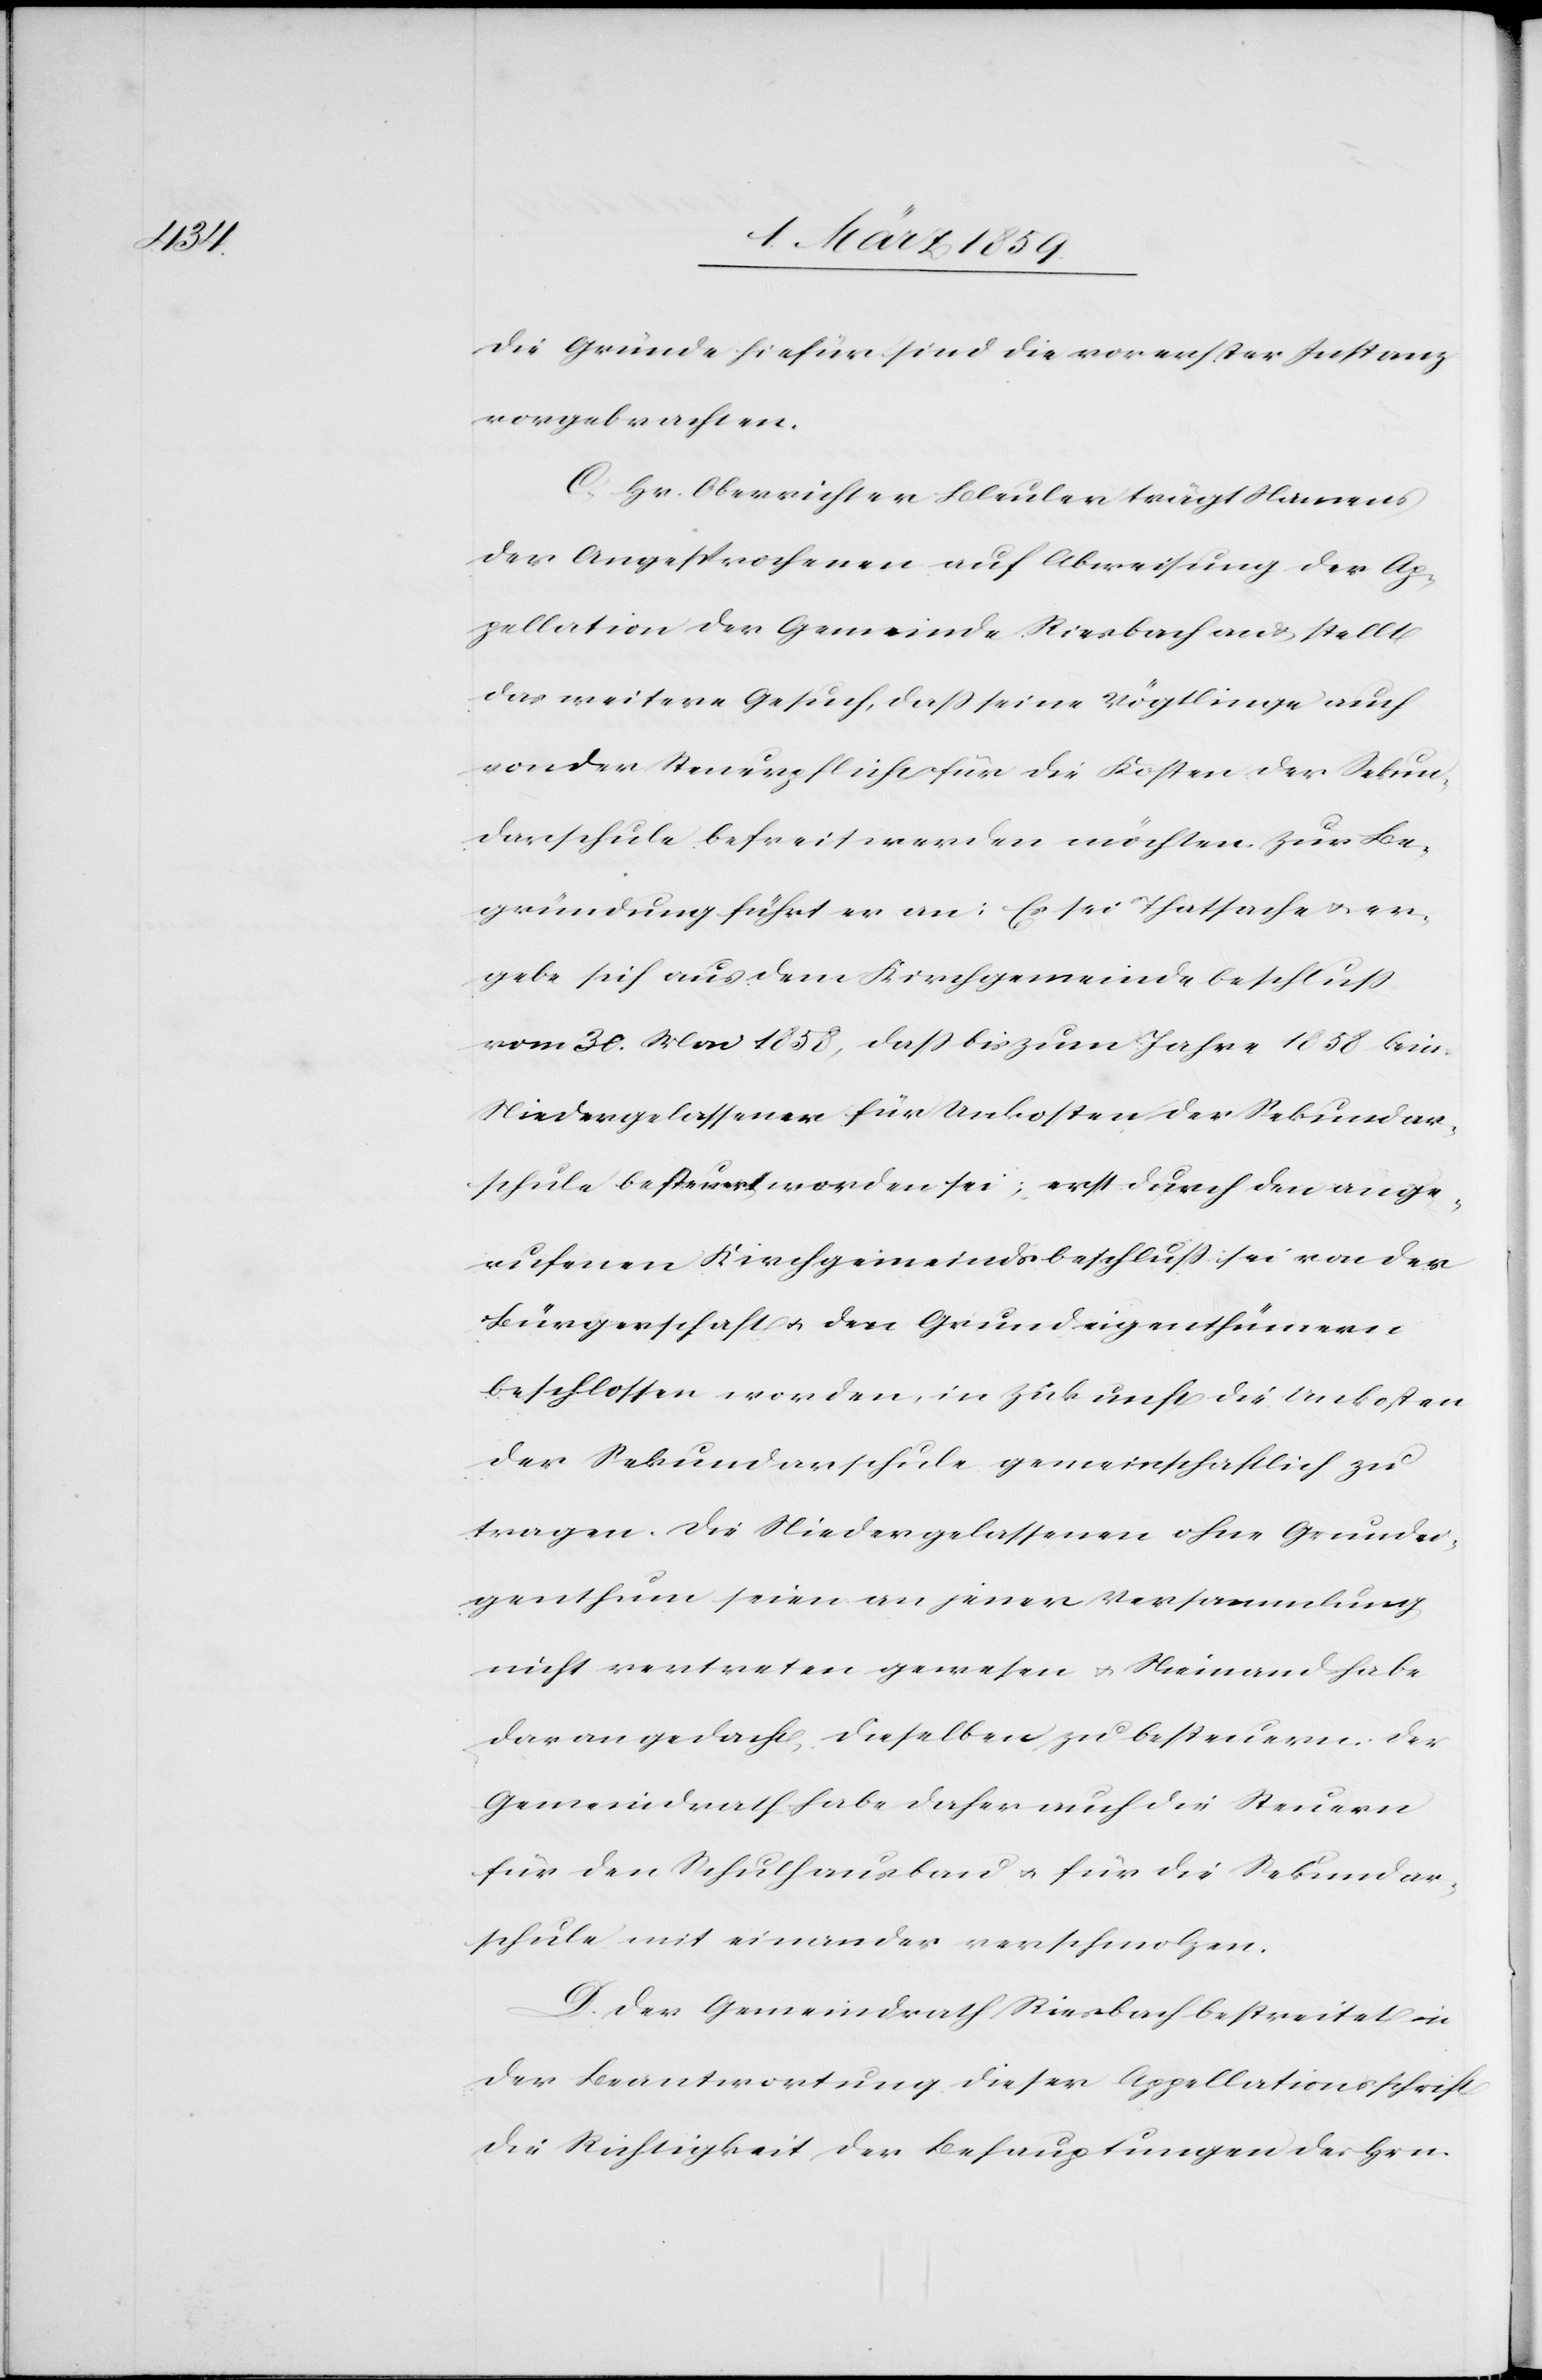
Die Gründe hiefür sind die vor erster Instanz
vorgebrachten.
C. Hr. Oberrichter Bleuler trägt Namens
der Angesprochenen auf Abweisung der Ap¬
pellation der Gemeinde Riesbach an & stellt
das weitere Gesuch, daß seine Vögtlinge auch
von der Steuerpflicht für die Kosten der Sekun¬
darschule befreit werden möchten. Zur Be¬
gründung führt er an: Es sei Thatsache u. er¬
gebe sich aus dem Kirchgemeindebeschluß
vom 30. Mai 1858, daß bis zum Jahre 1858 kein
Niedergelassener für Unkosten der Sekundar¬
schule besteuert worden sei; erst durch den ange¬
rufenen Kirchgemeindsbeschluß sei von der
Bürgerschaft u. den Grundeigenthümern
beschlossen worden, in Zukunft die Unkosten
der Sekundarschule gemeinschaftlich zu
tragen. Die Niedergelassenen ohne Grundei¬
genthum seien an jener Versammlung
nicht vertreten gewesen u. Niemand habe
daran gedacht, dieselben zu besteuern. Der
Gemeindrath habe daher auch die Steuern
für den Schulhausbau u. für die Sekundar¬
schule mit einander verschmolzen.
D. Der Gemeindrath Riesbach bestreitet in
der Beantwortung dieser Appellationsschrift
die Richtigkeit der Behauptungen des Hrn.